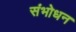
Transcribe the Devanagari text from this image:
संभोधन